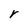
Character: r